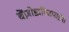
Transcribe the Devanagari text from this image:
बेंज़ोडाय्ज़िपाइंस